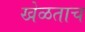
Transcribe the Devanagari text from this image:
खेळताच